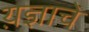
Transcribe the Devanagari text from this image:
य़ज्ञाचे